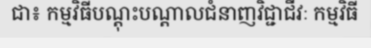
ជា៖ កម្មវិធីបណ្តុះបណ្តាលជំនាញវិជ្ជាជីវៈ កម្មវិធី